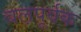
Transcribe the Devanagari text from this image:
बल़पूर्वक